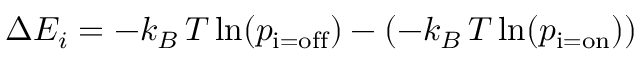
\Delta E _ { i } = - k _ { B } \, T \ln ( p _ { \mathrm { i = o f f } } ) - ( - k _ { B } \, T \ln ( p _ { \mathrm { i = o n } } ) )